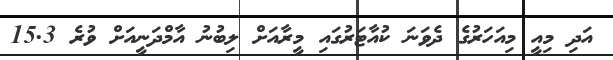
އަދި މިއީ މިއަހަރުގެ ދެވަނަ ކުއާޓަރުގައި މީރާއަށް ލިބުނު އާމްދަނީއަށް ވުރެ 15.3